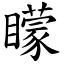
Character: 矇